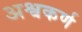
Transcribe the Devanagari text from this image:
अश्वकर्ण